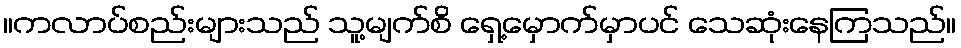
။ကလာပ်စည်းများသည် သူ့မျက်စိ ရှေ့မှောက်မှာပင် သေဆုံးနေကြသည်။